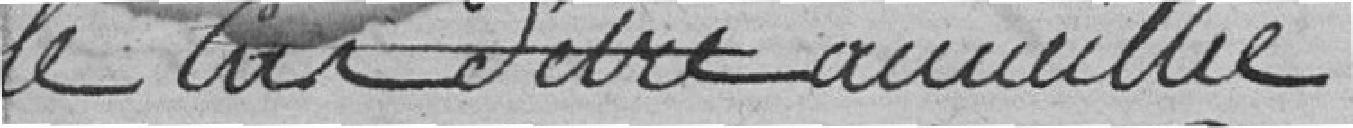
le car d'être accueillie.